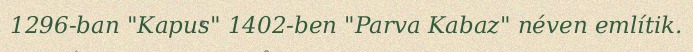
1296-ban "Kapus" 1402-ben "Parva Kabaz" néven említik.